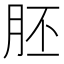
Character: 胚